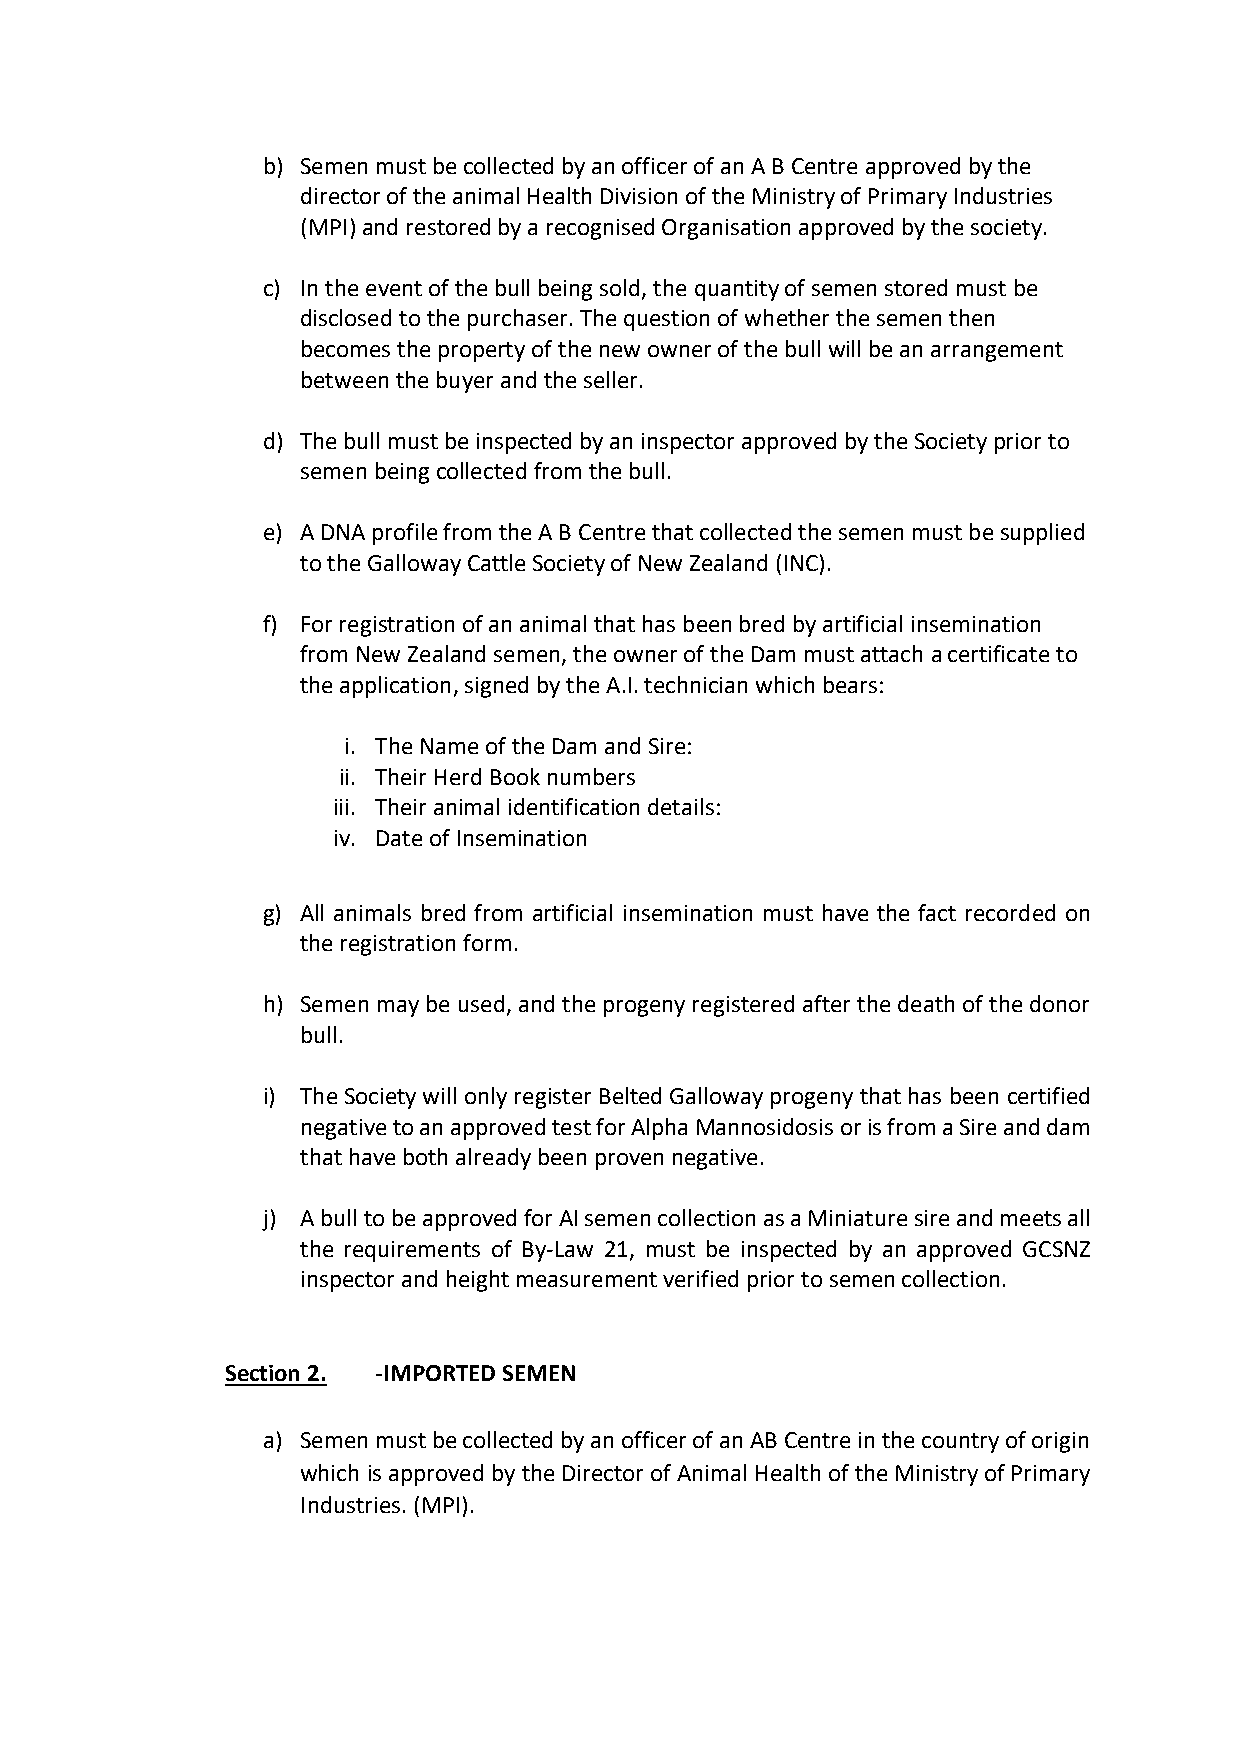
b) Semen must be collected by an officer of an A B Centre approved by the
 director of the animal Health Division of the Ministry of Primary Industries
 (MPI) and restored by a recognised Organisation approved by the society.
 c) In the event of the bull being sold, the quantity of semen stored must be
 disclosed to the purchaser. The question of whether the semen then
 becomes the property of the new owner of the bull will be an arrangement
 between the buyer and the seller.
 d) The bull must be inspected by an inspector approved by the Society prior to
 semen being collected from the bull.
 e) A DNA profile from the A B Centre that collected the semen must be supplied
 to the Galloway Cattle Society of New Zealand (INC).
 f) For registration of an animal that has been bred by artificial insemination
 from New Zealand semen, the owner of the Dam must attach a certificate to
 the application, signed by the A.I. technician which bears:
 i. The Name of the Dam and Sire:
 ii. Their Herd Book numbers
 iii. Their animal identification details:
 iv. Date of Insemination
 g) All animals bred from artificial insemination must have the fact recorded on
 the registration form.
 h) Semen may be used, and the progeny registered after the death of the donor
 bull.
 i) The Society will only register Belted Galloway progeny that has been certified
 negative to an approved test for Alpha Mannosidosis or is from a Sire and dam
 that have both already been proven negative.
 j) A bull to be approved for AI semen collection as a Miniature sire and meets all
 the requirements of By-Law 21, must be inspected by an approved GCSNZ
 inspector and height measurement verified prior to semen collection.
 Section 2. -IMPORTED SEMEN
 a) Semen must be collected by an officer of an AB Centre in the country of origin
 which is approved by the Director of Animal Health of the Ministry of Primary
 Industries. (MPI).